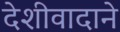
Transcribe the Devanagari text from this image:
देशीवादाने